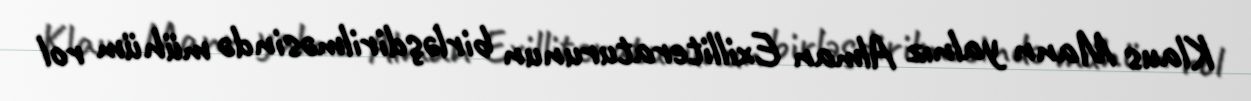
Klaus Mann yalnız Alman Exilliteraturunun birləşdirilməsində mühüm rol